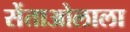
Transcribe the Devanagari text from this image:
सेंताओलाला